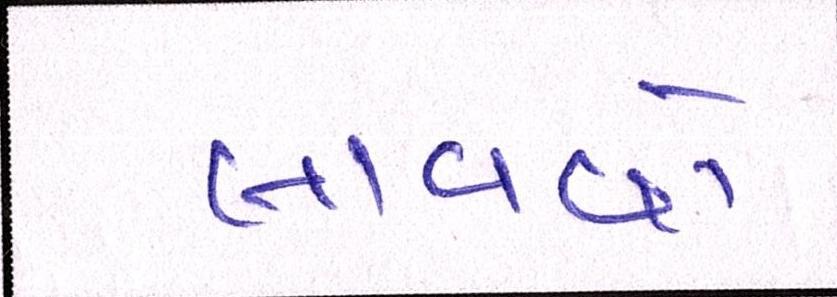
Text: લાવવો